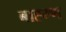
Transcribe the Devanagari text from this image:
बाह्म्ण